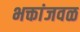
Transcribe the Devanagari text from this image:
भक्तांजवळ